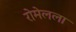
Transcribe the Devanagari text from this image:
रोमेलला